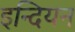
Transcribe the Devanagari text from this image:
इन्दियन